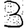
Digit: 3